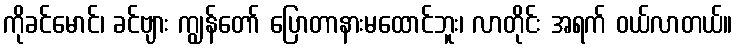
ကိုခင်မောင်၊ ခင်ဗျား ကျွန်တော် ပြောတာနားမထောင်ဘူး၊ လာတိုင်း အရက် ဝယ်လာတယ်။